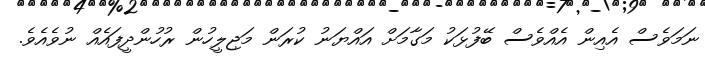
ނަމަވެސް އެއިން އެއްވެސް ބޭފުޅަކު މަގާމަށް އައްޔަނު ކުރަން މަޖިލީހުން ރުހުންދީފައެއް ނުވެއެވެ.